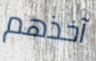
آخذهم